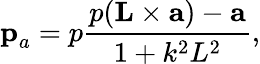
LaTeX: \textbf{p}_{a}=p\frac{p(\textbf{L}\times\textbf{a})-\textbf{a}}{1+k^{2}L^{2}},